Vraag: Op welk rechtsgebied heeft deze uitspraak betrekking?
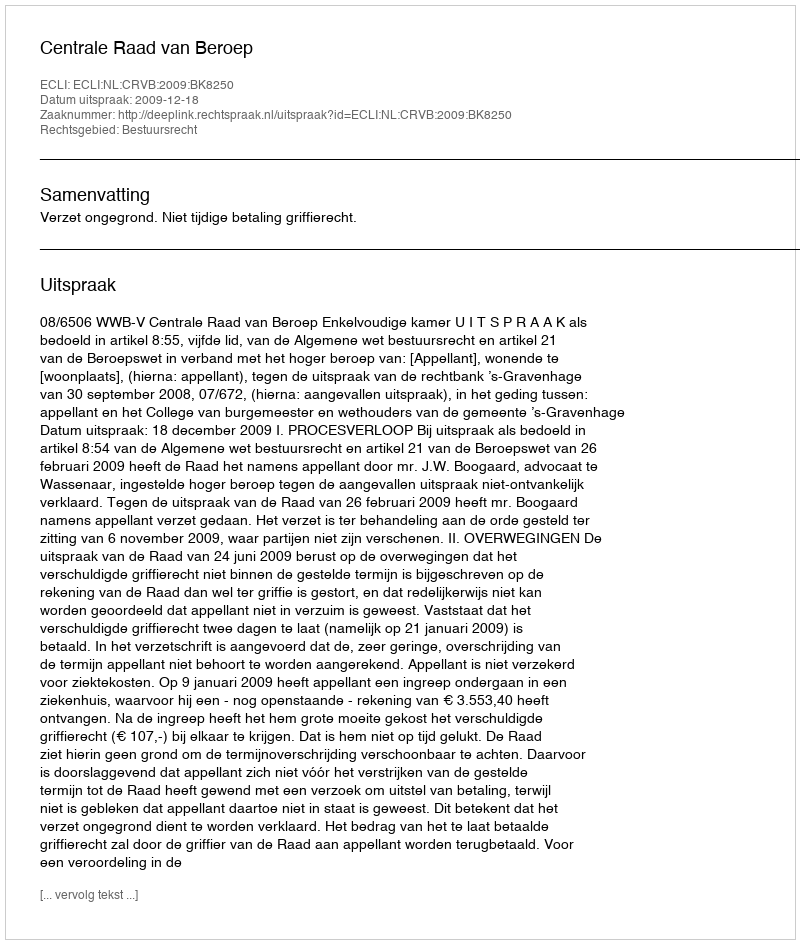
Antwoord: Bestuursrecht